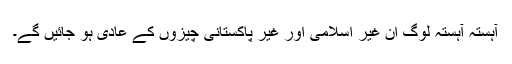
آہستہ آہستہ لوگ ان غیر اسلامی اور غیر پاکستانی چیزوں کے عادی ہو جائیں گے۔